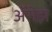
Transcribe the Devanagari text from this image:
ॲरोझ